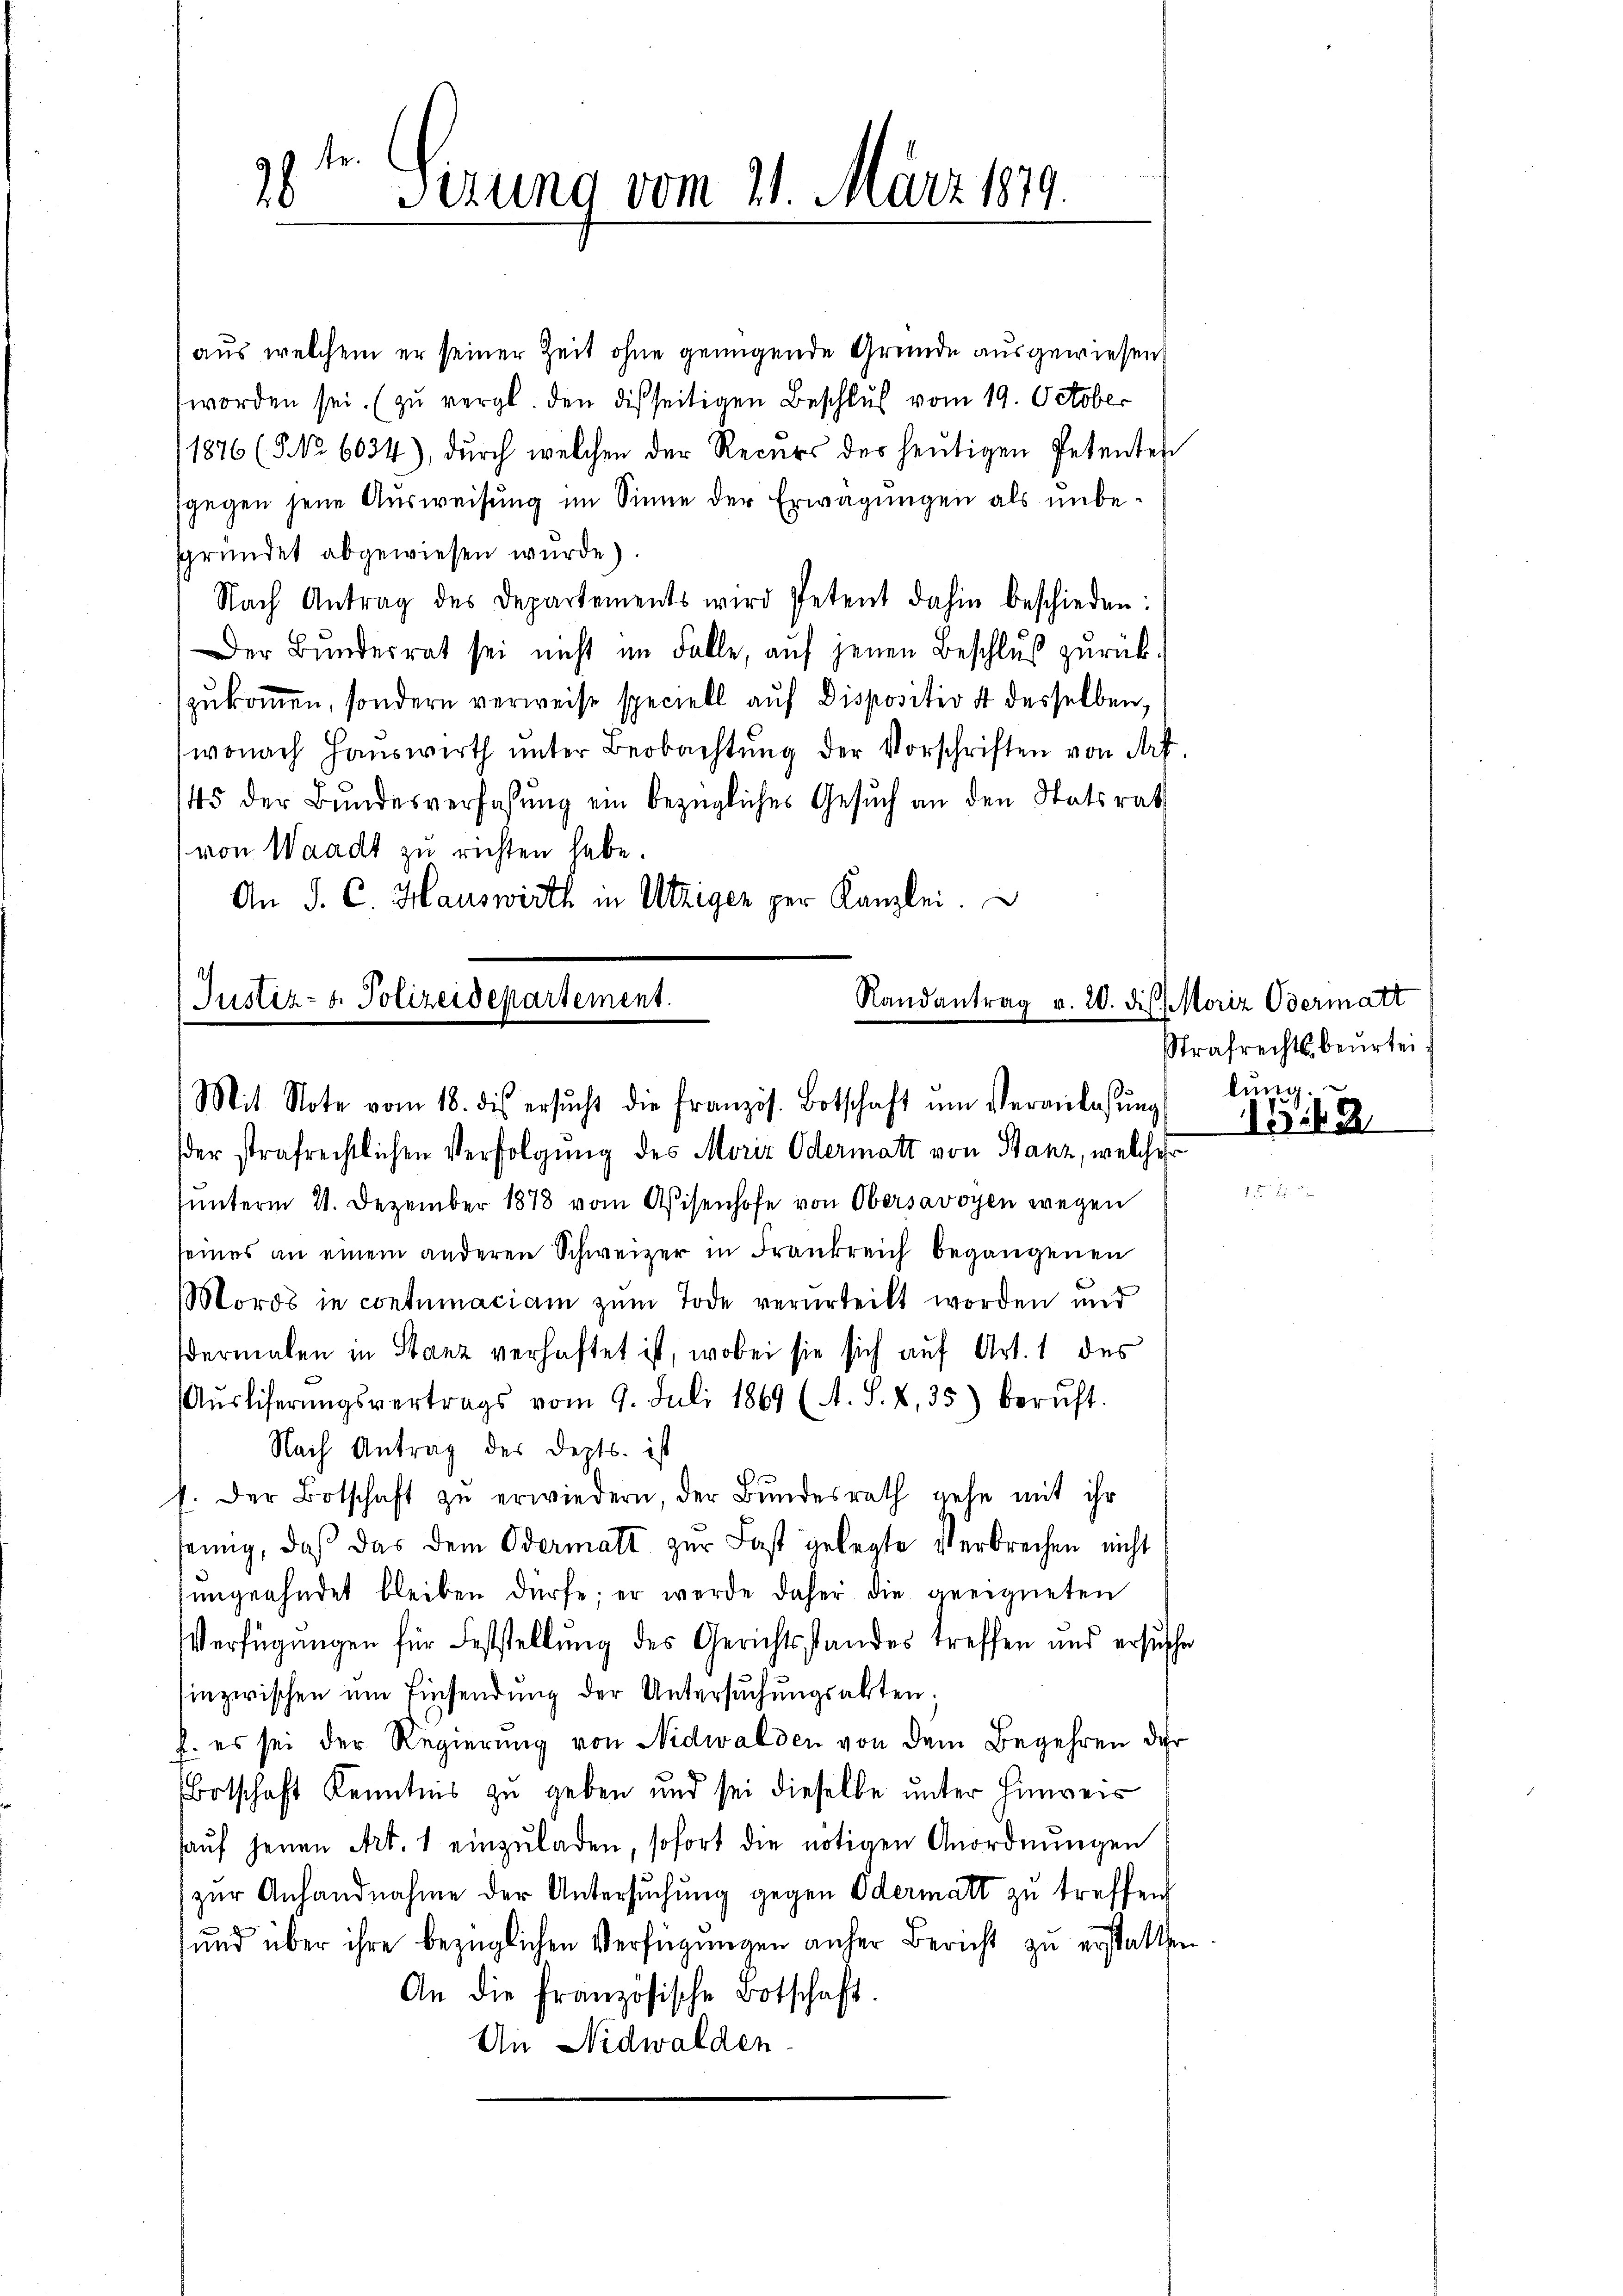
.
 Sizung vom 21. März 1879.

aus welchem er seiner Zeit ohne genügende Gründe ausgewiesen,
worden sei. (zu vergl. den disseitigen Beschluß vom 19. October
1876 (5 No 6034), durch welchen der Recurs des heutigen Petenten
gegen jene Ausweisung im Sinne der Erwägungen als unbesgründet abgewiesen wurde)
Nach Antrag des Departements wird Petent dahin beschieden:
Der Bŭndesrat sei nicht im Falle, aŭf jenen Beschlŭβ zŭrück-
zukommen, sondern verweise speciell auf Dispositiv 4 desselben,
wonach Hauswirth ŭnter Beobachtŭng der Vorschriften von Art.
145 der Bundesverfassŭng ein bezügliches Gesuch an den Statsrat
 von Waadt zu richten habe.
An J. C. Hauswirth in Utzigen per Kanzlei.

Justiz- & Polizeidepartement.
Randantrag v. 20. die Moriz Odermatt
Mit Note vom 18. des ersŭcht die Französ. Botschaft ŭm Veranlassŭng

der strafrechtlichen Verfolgung des Moriz Odermatt von Stanz, welcher
hunterm 21. Dezember 1878 vom Aisenhofe von Obersavoyen wegen
seines an einem anderen Schweizer in Frankreich begangenen
Mords in contumaciam zum Tode verurteilt worden und
dermalen in Stanz verhaftet ist, wobei sie sich auf Art. 1 des
Aŭsliferŭngsvertrags vom 9. Juli 1869 (A. S. 4, 35) beruht.
Nach Antrag des Depts. ist
f. der Botschaft zŭ erwiedern der Bŭndesrath gehe mit ihr
ennig, daß das dem Odermatt zur Fast gelegte Verbrechen nicht
ungeahndet bleiben dürfe; er werde daher die geeigneten
Verfügungen für Feststellung des Gerichtsstandes treffen und ersuchen
inzwischen um Einsendung der Untersuchungsakten;
h. es sei der Regierung von Nidwalden von dem Begehren der
Botschaft Kenntnis zu geben und sei dieselbe unter Hinweis
aŭf jenen Art. 1 einzŭladen, sofort die nötigen Anordnŭngen
zur Anhandnahme der Untersuchung gegen Odermatt zu treffen
und über ihre bezüglichen Verfügungen anher Bericht zu erstatten
An die französische Botschaft.
An Nidwalden.

Strafrechtsbeurtei
lŭng.

1542